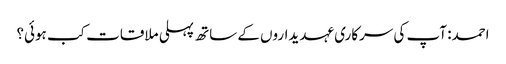
احمد: آپ کی سرکاری عہدیداروں کے ساتھ پہلی ملاقات کب ہوئی؟